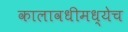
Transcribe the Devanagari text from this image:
कालावधीमध्येच